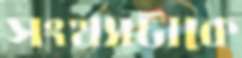
সংখ্যাটাকে